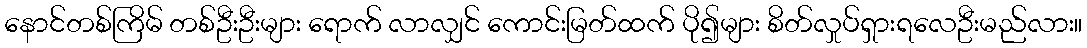
နောင်တစ်ကြိမ် တစ်ဦးဦးများ ရောက် လာလျှင် ကောင်းမြတ်ထက် ပို၍များ စိတ်လှုပ်ရှားရလေဦးမည်လား။